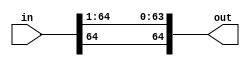
module multiplier_shifter(in, out);
     input   [64:0] in;
     output  [64:0] out;


     //genvar i;

     //generate
     //for (i = 0; i < 64; i=i+1)
     //begin
     //   assign out[i] = in[i+1];
     //end
     //endgenerate

     assign out[63:0] = in[64:1];

     assign out[64] = in[64];
endmodule